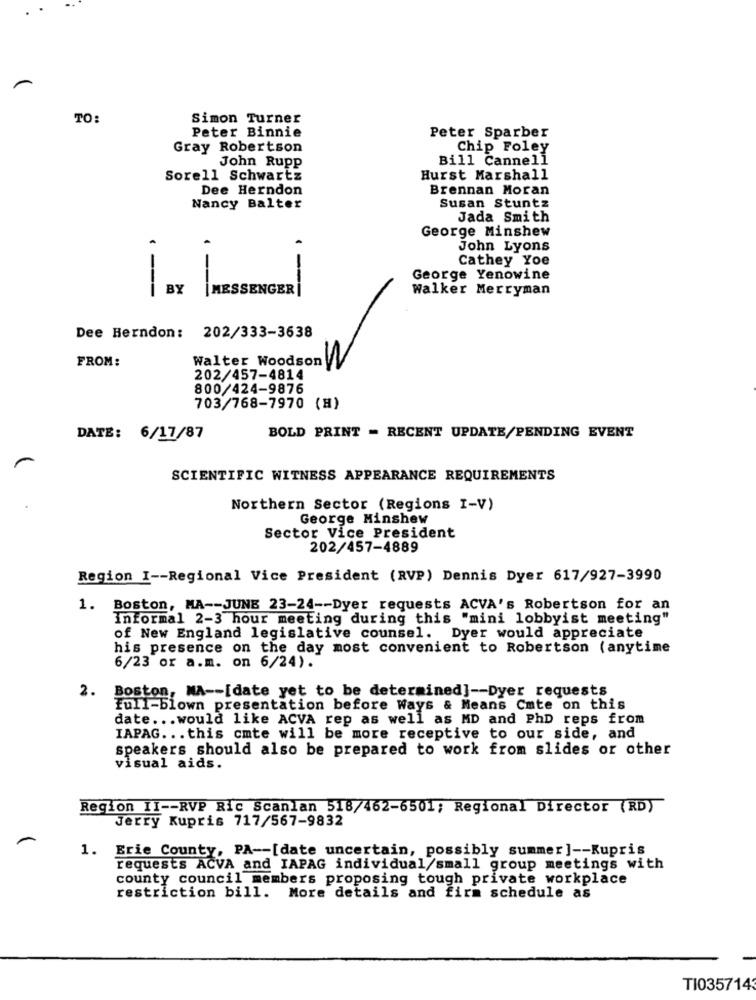
TO:
Simon Turner
Peter Sparber
Peter Binnie
Gray Robertson
Chip Foley
John Rupp
Bill Cannell
Sorell Schwartz
Hurst Marshall
Dee Herndon
Brennan Moran
Susan Stuntz
Nancy Balter
Jada Smith
George Minshew
John Lyons
Cathey Yoe
George Yenowine
---
BY
|MESSENGER
. ---
Walker Merryman
Dee Herndon: 202/333-3638
FROM:
Walter Woodson
202/457-4814
800/424-9876
703/768-7970 (H)
DATE: 6/17/87
BOLD PRINT = RECENT UPDATE/PENDING EVENT
SCIENTIFIC WITNESS APPEARANCE REQUIREMENTS
Northern Sector (Regions I-V)
George Minshew
Sector Vice President
202/457-4889
Region I -- Regional Vice President (RVP) Dennis Dyer 617/927-3990
1. Boston, MA -- JUNE 23-24 -- Dyer requests ACVA's Robertson for an
Informal 2-3 hour meeting during this "mini lobbyist meeting"
of New England legislative counsel. Dyer would appreciate
his presence on the day most convenient to Robertson (anytime
6/23 or a.m. on 6/24).
2. Boston, MA -- [date yet to be determined] -- Dyer requests
Full-blown presentation before Ways & Means Cate on this
date ... would like ACVA rep as well as MD and PhD reps from
IAPAG ... this cmte will be more receptive to our side, and
speakers should also be prepared to work from slides or other
visual aids.
Region II -- RVP Ric Scanlan 518/462-6501; Regional Director (RD)
Jerry Kupris 717/567-9832
1. Erie County, PA -- [date uncertain, possibly summer ] -- Kupris
requests ACVA and IAPAG individual/small group meetings with
county council members proposing tough private workplace
restriction bill. More details and firm schedule as
TI0357143